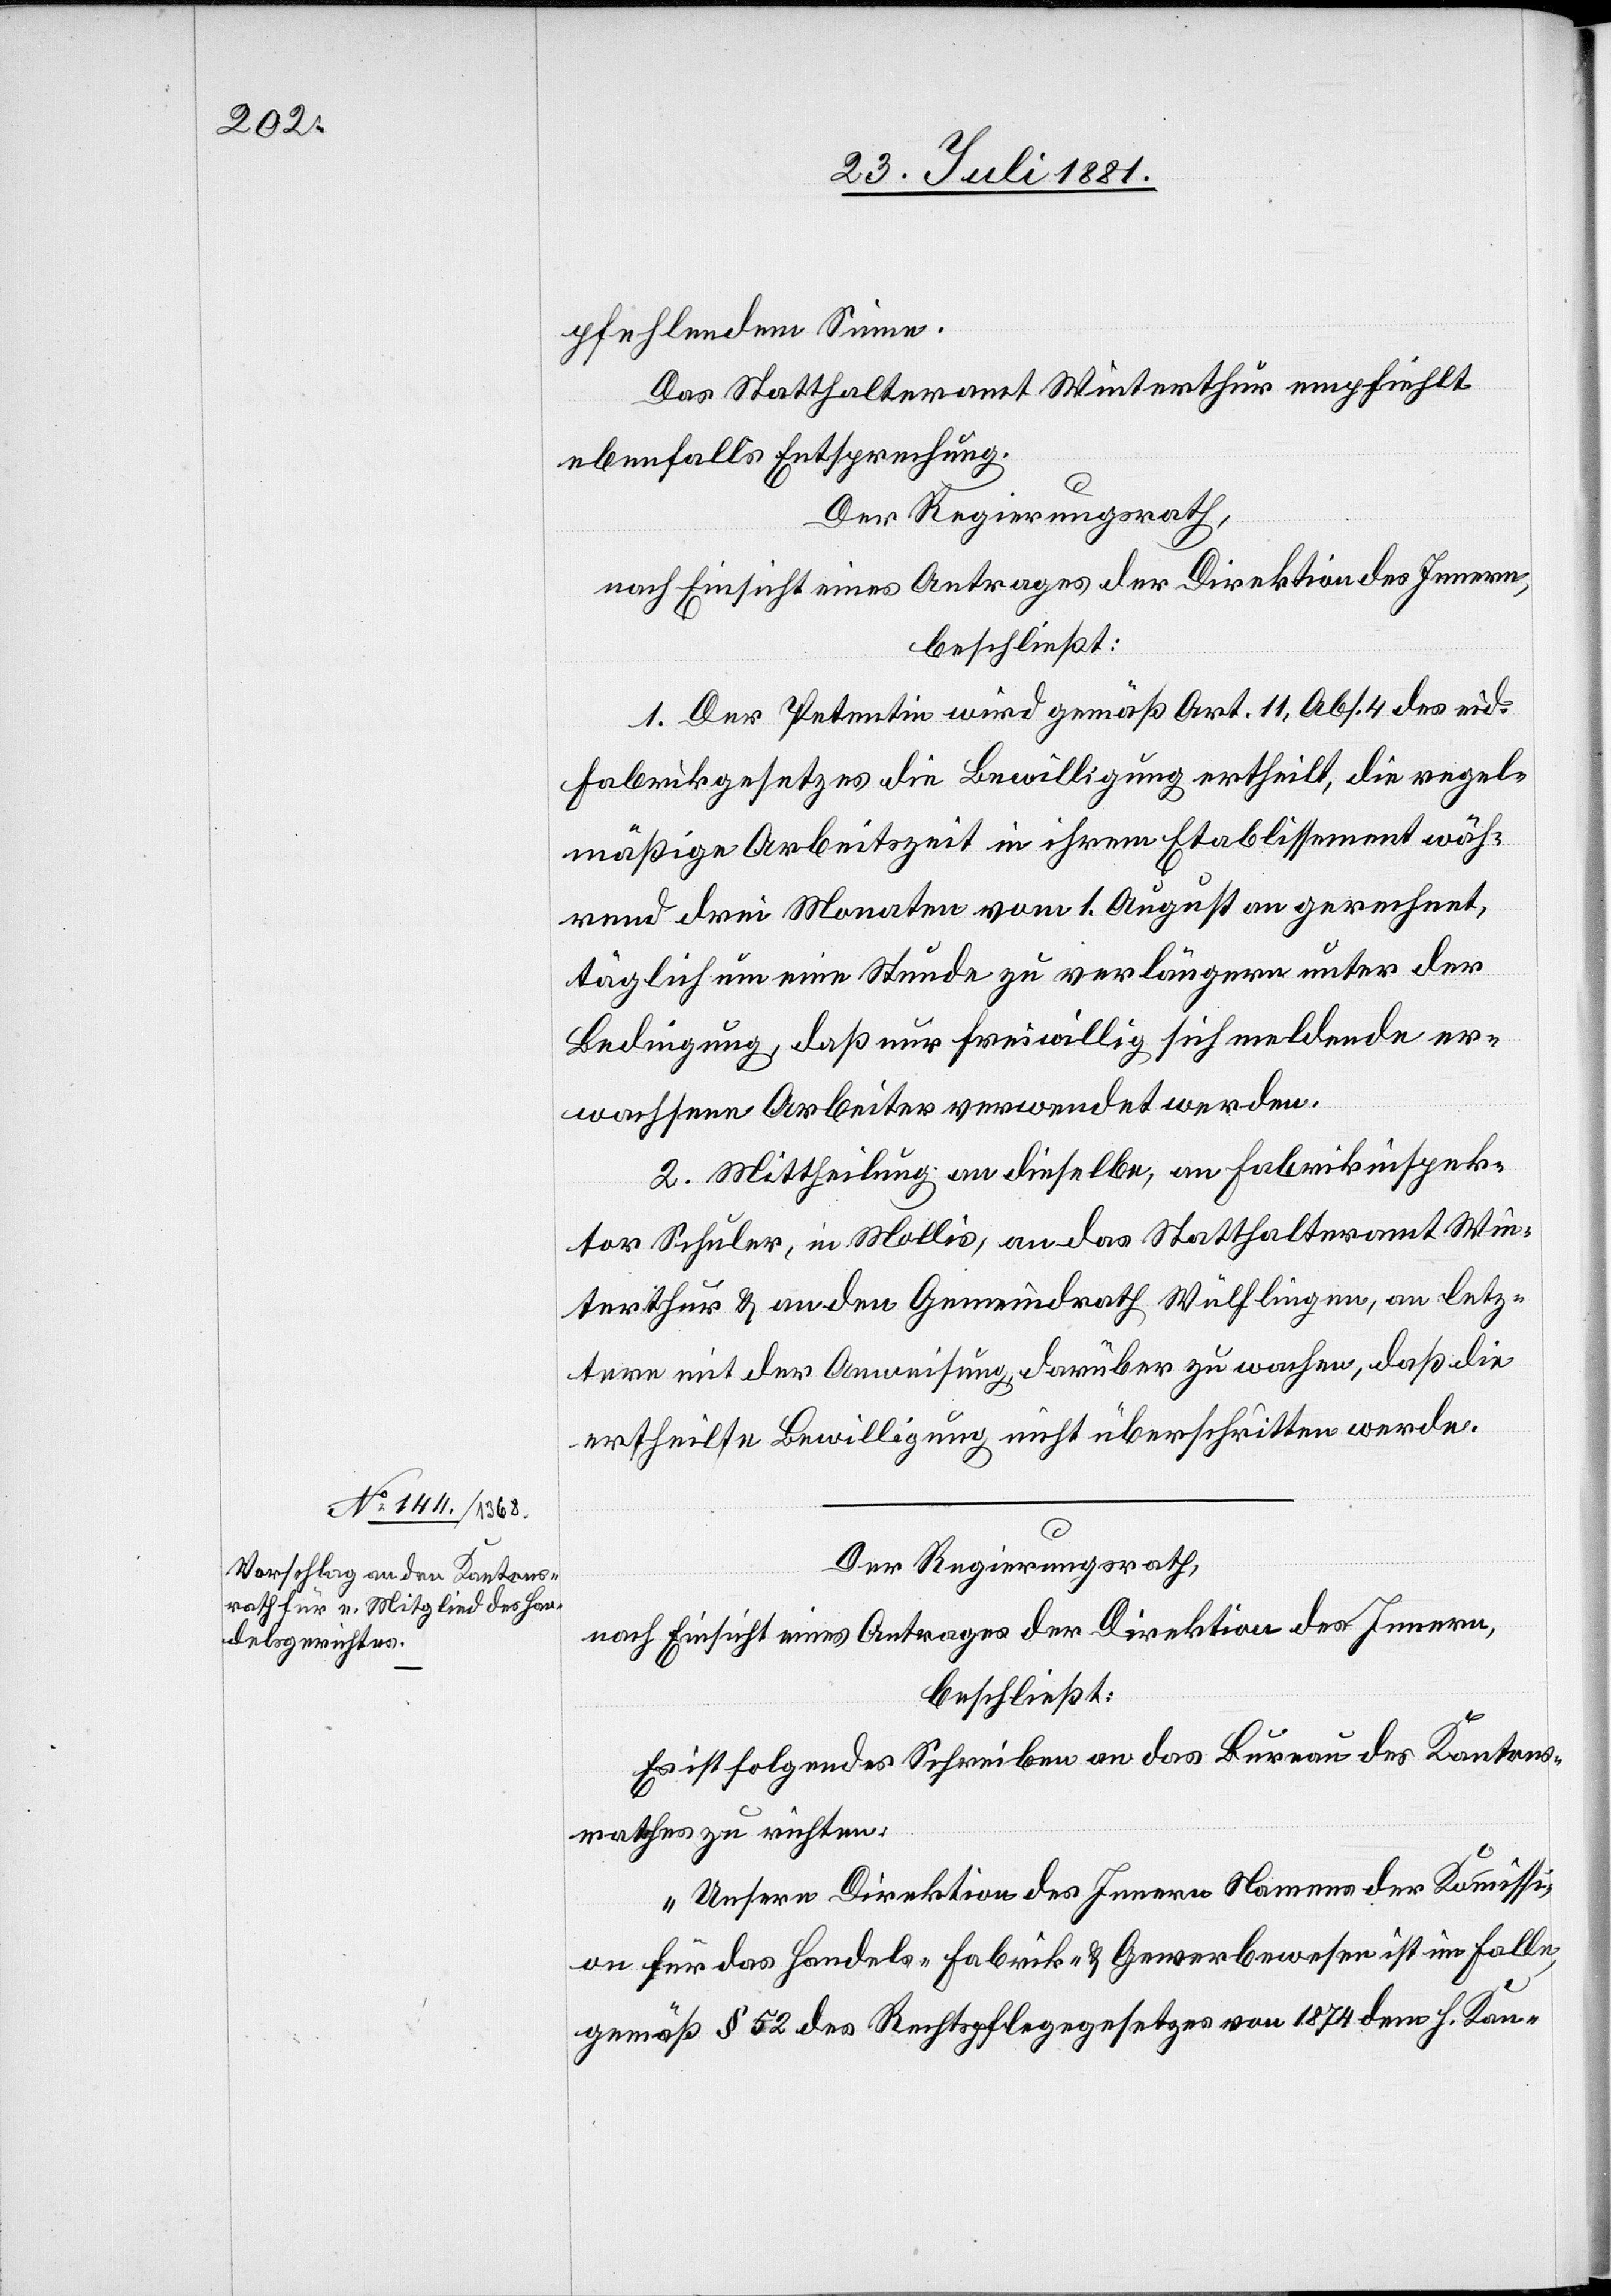
pfehlendem Sinne.
Das Statthalteramt Winterthur empfiehlt
ebenfalls Entsprechung.
Der Regierungsrath,
nach Einsicht eines Antrages der Direktion des Innern,
beschließt:
1. Der Petentin wird gemäß Art. 11, Abs. 4 des eid.
Fabrikgesetzes die Bewilligung ertheilt, die regel¬
mäßige Arbeitszeit in ihrem Etablissement wäh¬
rend drei Monaten[,] vom 1. August an gerechnet,
täglich um eine Stunde zu verlängern unter der
Bedingung, daß nur freiwillig sich meldende er¬
wachsene Arbeiter verwendet werden.
2. Mittheilung an dieselbe, an Fabrikinspek¬
tor Schuler, in Mollis, an das Statthalteramt Win¬
terthur & an den Gemeindrath Wülflingen, an letz¬
tern mit der Anweisung, darüber zu wachen, daß die
ertheilte Bewilligung nicht überschritten werde.
Der Regierungsrath,
nach Einsicht eines Antrages der Direktion des Innern,
beschließt:
Es ist folgendes Schreiben an das Bureau des Kantons¬
rathes zu richten:
„Unsere Direktion des Innern Namens der Kommissi¬
on für das Handels- Fabrik- & Gewebewesen ist im Falle
gemäß § 52 des Rechtspflegegesetzes von 1874 dem h. Kan-